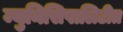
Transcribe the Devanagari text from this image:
म्युनिसिपालिटीत